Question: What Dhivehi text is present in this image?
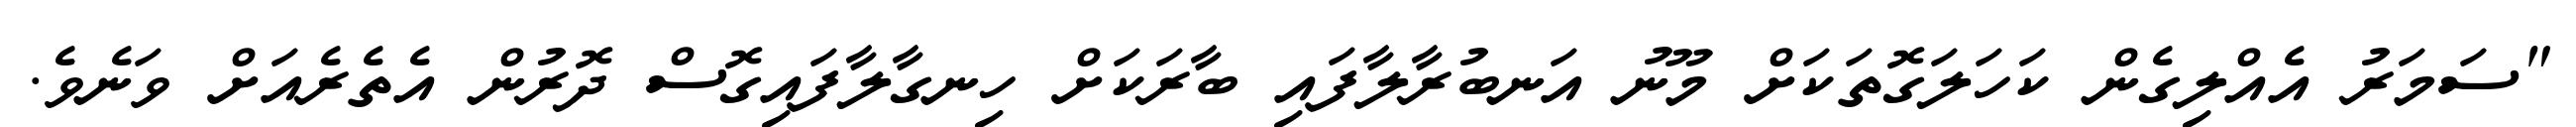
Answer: "ސަމަރު އެއްލިގެން ކަހަލަގޮތަކަށް މޫނު އަނބުރާލާފައި ބާރަކަށް ހިނގާލާފައިގޮސް ދޮރުން އެތެރެއަށް ވަނެވެ.